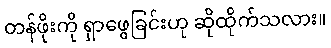
တန်ဖိုးကို ရှာဖွေခြင်းဟု ဆိုထိုက်သလား။